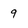
Character: 9